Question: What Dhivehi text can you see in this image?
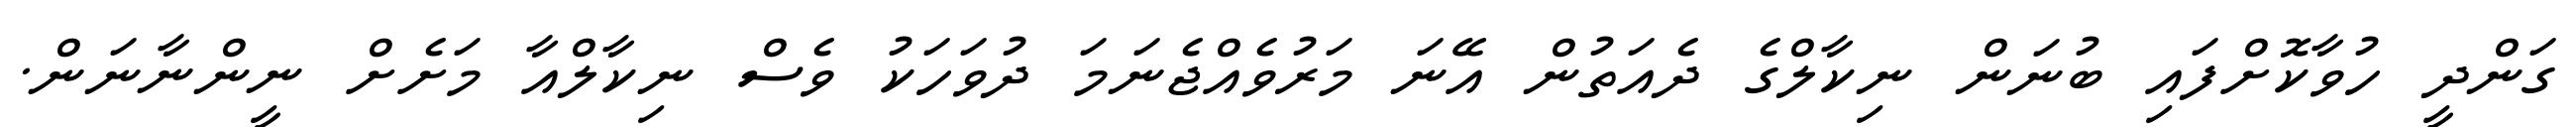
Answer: ގަންދީ ހުވާކޮށްފައި ބުނަން ނިކާލްގެ ދެއަތުން އޭނަ މަރުވެއްޖެނަމަ ދުވަހަކު ވެސް ނިކާލްއާ މަށެށް ނީންނާނަން.